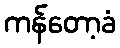
ကန်တော့ခံ